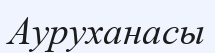
Ауруханасы